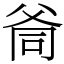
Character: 㸗